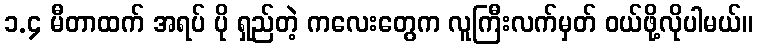
၁.၄ မီတာထက် အရပ် ပို ရှည်တဲ့ ကလေးတွေက လူကြီးလက်မှတ် ဝယ်ဖို့လိုပါမယ်။